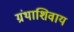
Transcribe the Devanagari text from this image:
ग्रंथाशिवाय